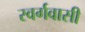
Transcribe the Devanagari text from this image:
स्‍वर्गवासी